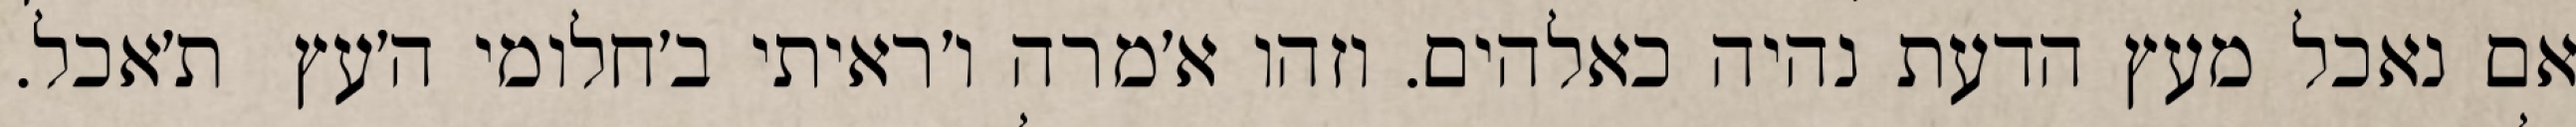
אם נאכל מעץ הדעת נהיה כאלהים. וזהו א׳מרה ו׳ראיתי ב׳חלומי ה׳עץ  ת׳אכל.